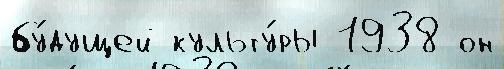
бу́дущей культу́ры 1938 он